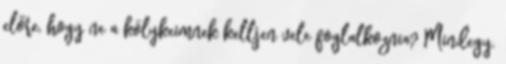
előre, hogy ne a kölykeimnek kelljen vele foglalkoznia? Mindegy.